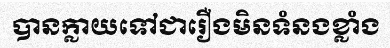
បានក្លាយទៅជារឿងមិនទំនងខ្លាំង